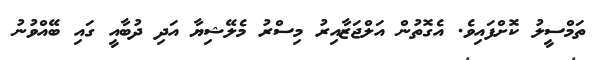
ތަމްސީލު ކޮށްފައިވެ. އެގޮތުން އަލްޖަޒާއިރު މިސްރު މެލޭޝިޔާ އަދި ދުބާއީ ގައި ބޭއްވުނު